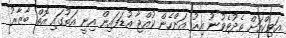
އަވިކްއަށް ތެދުވެވުނު އިރު އަންހެން ކުއްޖާ އުޑަފައިން އިނީ އަތުގައި އޮތް ބާޒާރު